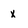
Character: x